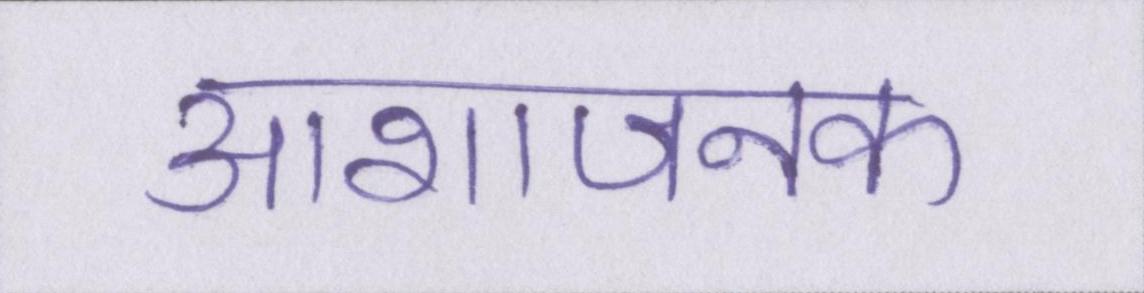
आशाजनक